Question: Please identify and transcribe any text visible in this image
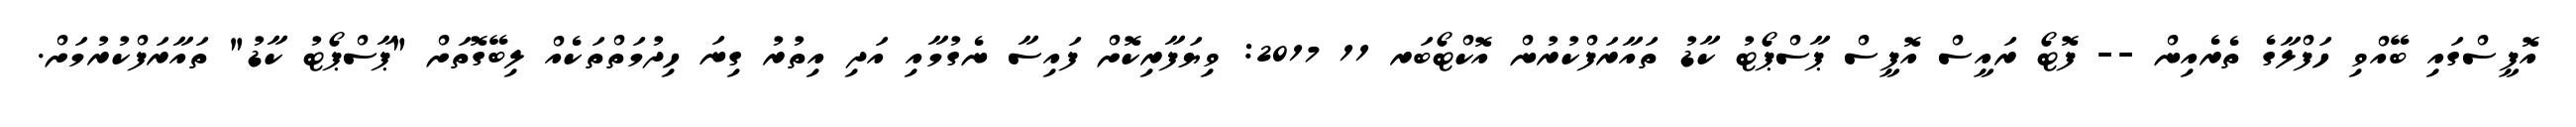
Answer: އޮފީސްގައި ބޭއްވި ހަފްލާގެ ތެރެއިން -- ފޮޓޯ ރައީސް އޮފީސް ޕާސްޕޯޓު ކާޑު ތައާރަފްކުރުން އޮކްޓޯބަރ 11 2017: ވިޔަފާރިކޮށް ފައިސާ ނެގުމާއި އަދި އިތުރު ގިނަ ހިދުމަތްތަކެއް ލިބޭގޮތަށް "ޕާސްޕޯޓު ކާޑު" ތައާރަފްކުރުމަށް.